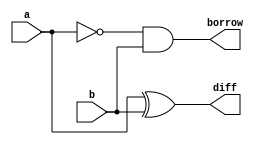
`timescale 1ns / 1ps
//////////////////////////////////////////////////////////////////////////////////
// Company: 
// Engineer: 
// 
// Design Name: 
// Module Name:    S3halfsubtractor 
// Project Name: 
// Target Devices: 
// Tool versions: 
// Description: 
//
// Dependencies: 
//
// Revision: 
// Revision 0.01 - File Created
// Additional Comments: 
//
//////////////////////////////////////////////////////////////////////////////////
module S3halfsubtractor(a,b,diff,borrow
    );
input a,b;
output diff,borrow;
wire diff,borrow,x;
xor x1(diff,a,b);
not n1(x,a);
and a1(borrow,x,b);
endmodule